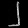
Digit: ၂